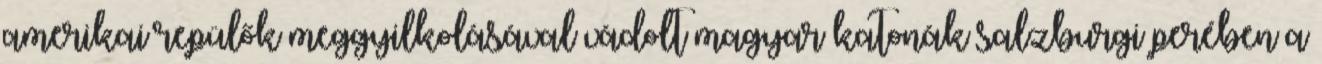
amerikai repülők meggyilkolásával vádolt magyar katonák salzburgi perében a